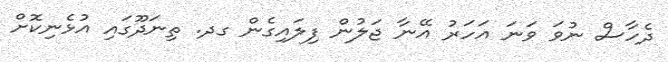
ދެހާސް ނުވަ ވަނަ އަހަރު އޭނާ ޖަލުން ފިލައިގެން ގދ. ތިނަދޫގައި އުޅެނިކޮށް